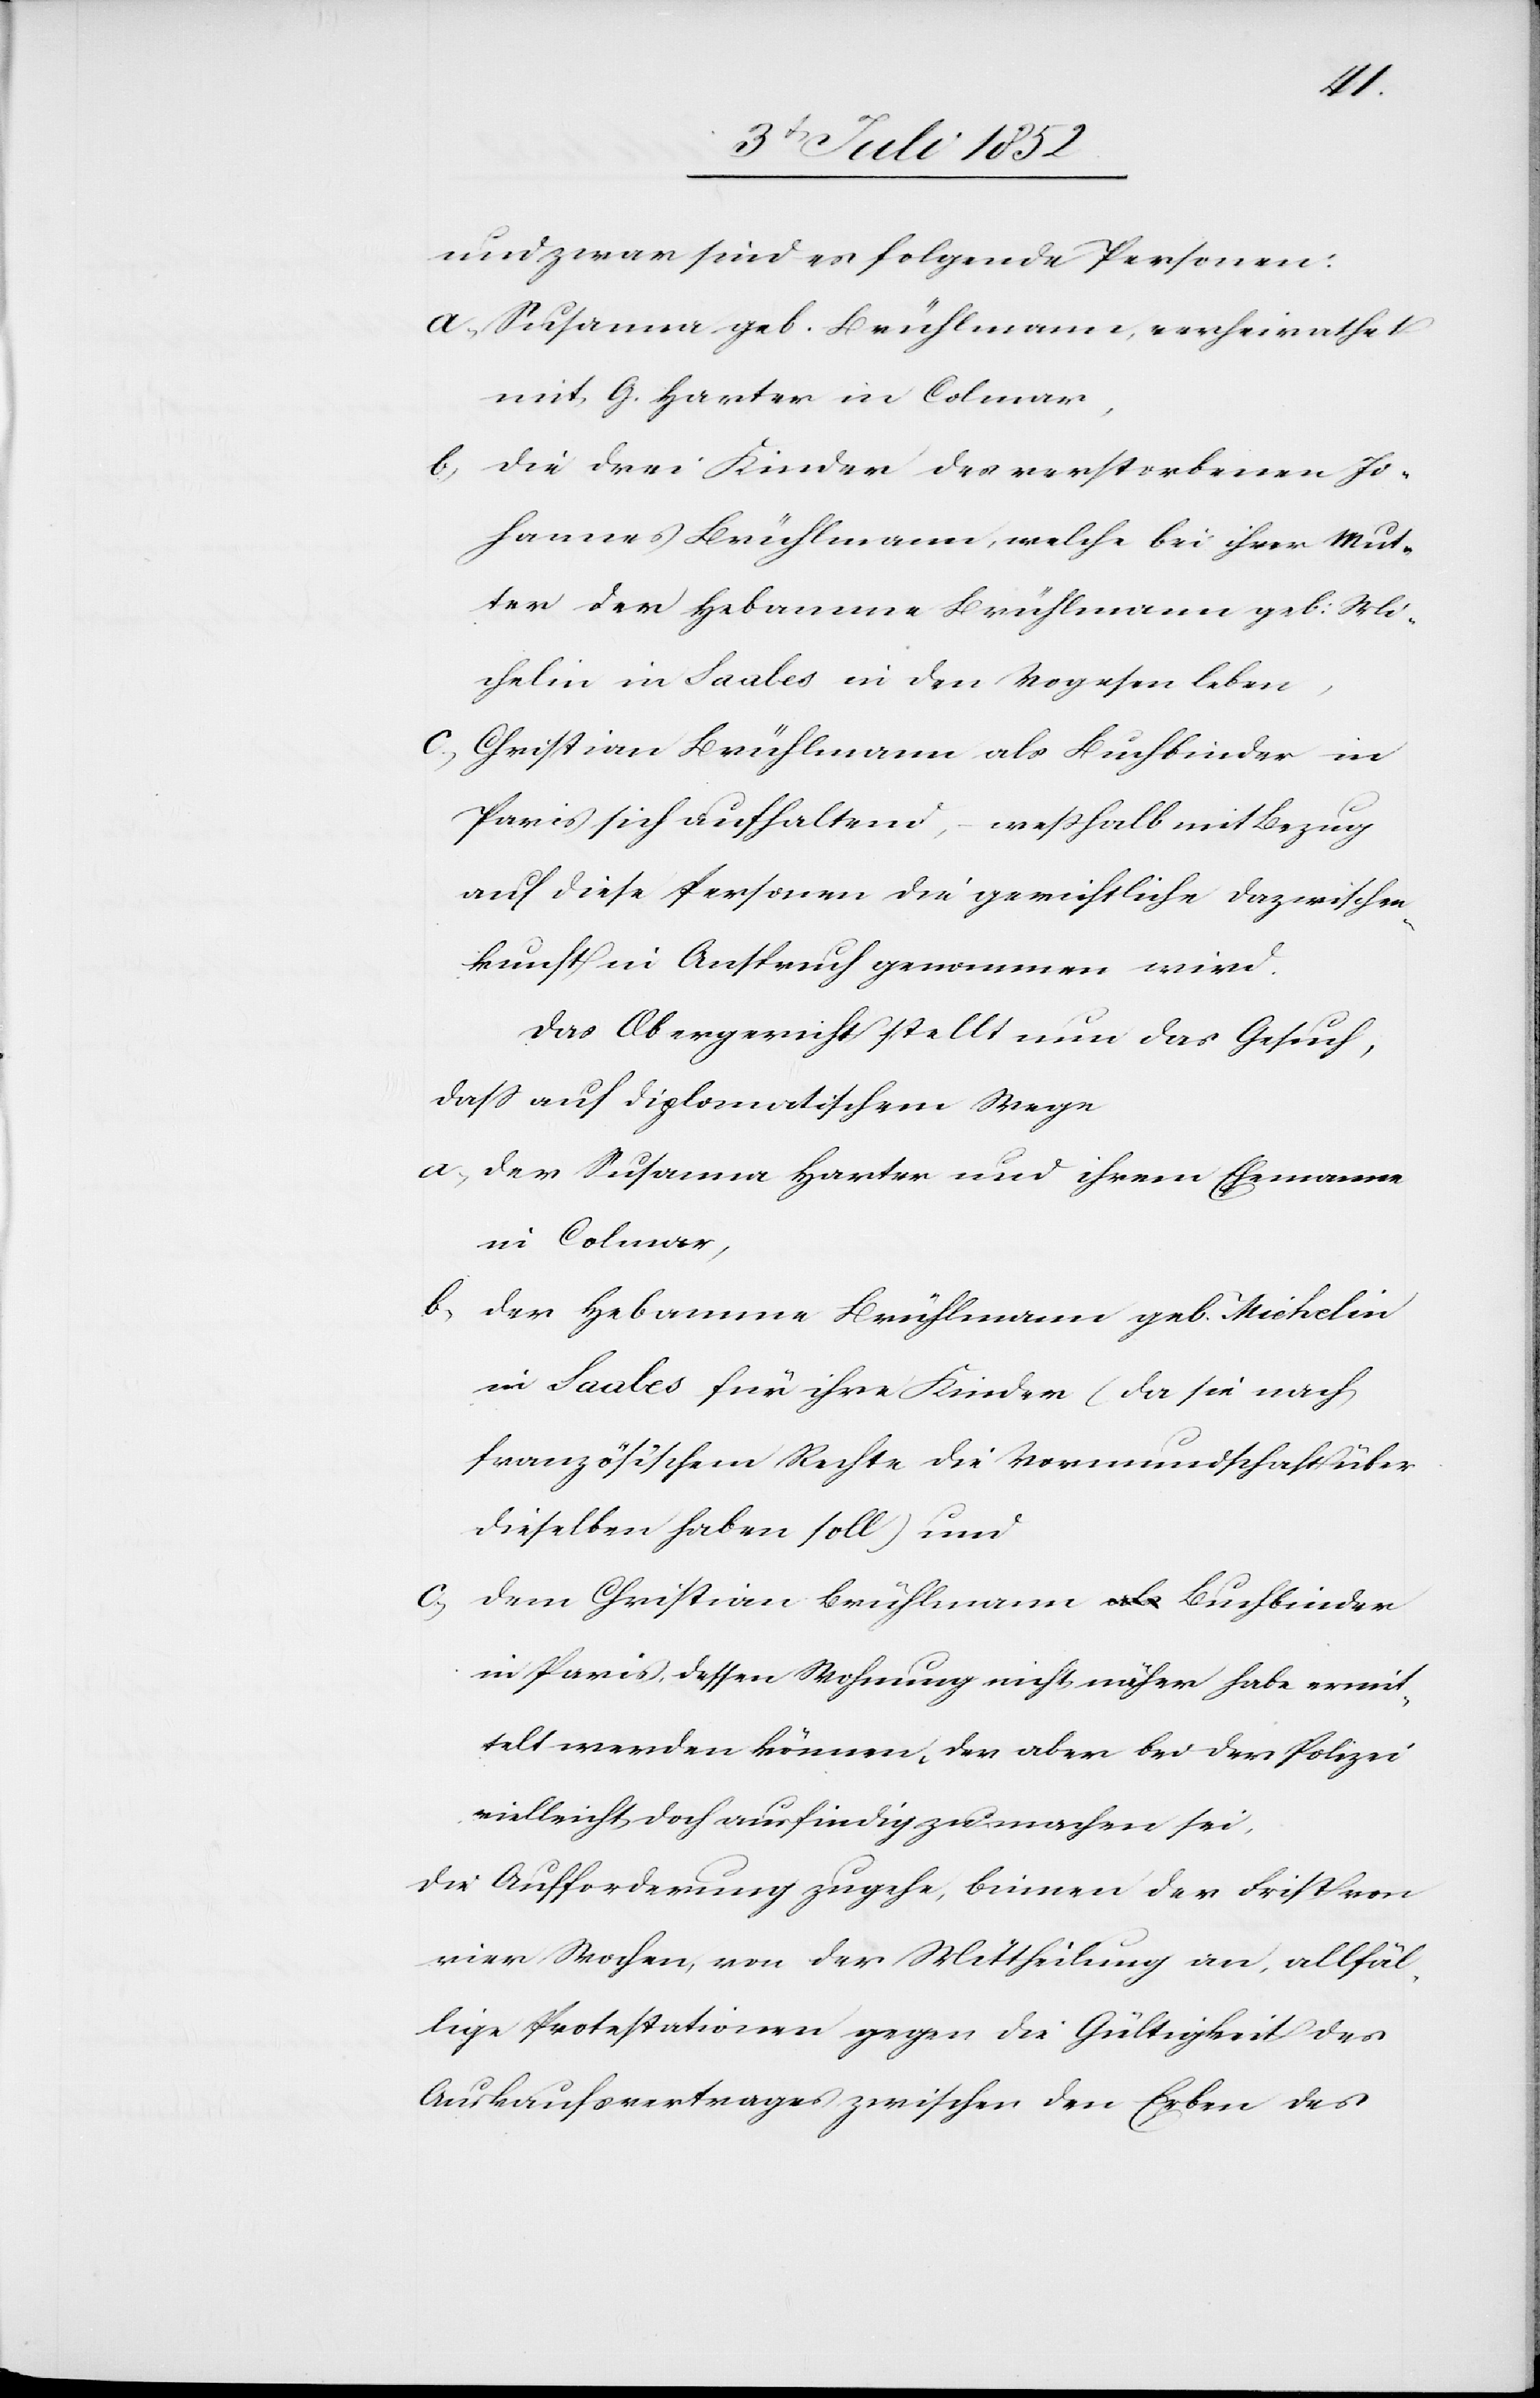
und zwar sind es folgende Personen:
Susanna geb. Brühlmann, verheirathet
mit G. Harter in Colmar,
die drei Kinder des verstorbenen Jo¬
hannes Brühlmann, welche bei ihrer Mut¬
ter der Hebamme Brühlmann geb: Mi¬
chelin in Saales in den Vogesen leben,
Christian Brühlmann als Buchbinder in
Paris sich aufhaltend, – weßhalb mit Bezug
diese Personen die gerichtliche Dazwischen¬
kunft in Anspruch genommen wird.
Das Obergericht stellt nun das Gesuch,
dass auf diplomatischem Wege
der Susanna Harter und ihrem Ehemanne
in Colmar,
der Hebamme Brühlmann geb. Michelin
in Saales für ihre Kinder (da sie nach
französischem Rechte die Vormundschaft über
dieselben haben soll) und
c,
dem Christian Brühlmann Buchbinder
in Paris, dessen Wohnung nicht näher habe ermit¬
telt werden können, der aber bei der Polizei
vielleicht doch ausfindig zu machen sei,
die Aufforderung zugehe, binnen der Frist von
vier Wochen, von der Mittheilung an, allfäl¬
lige Protestationen gegen die Gültigkeit des
Auskaufsvertrages zwischen den Erben des